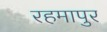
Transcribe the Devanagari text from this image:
रहमापुर